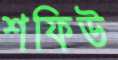
শফিউ